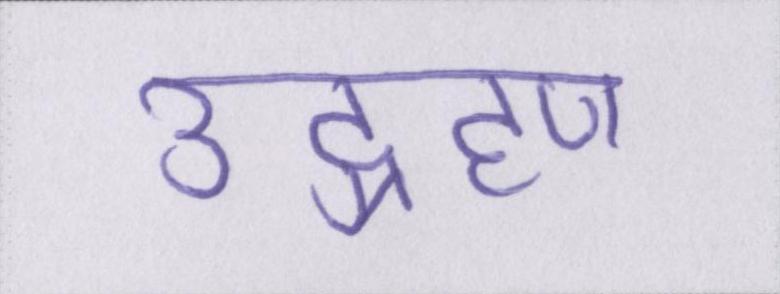
उद्ग्रहण